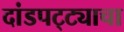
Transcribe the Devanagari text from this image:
दांडपट्ट्याचा